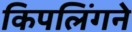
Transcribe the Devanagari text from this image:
किपलिंगने